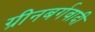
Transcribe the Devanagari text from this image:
ग्रीनबर्गवादी